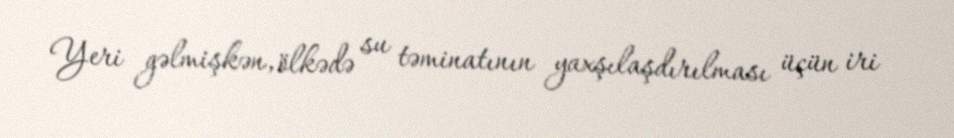
Yeri gəlmişkən, ölkədə su təminatının yaxşılaşdırılması üçün iri